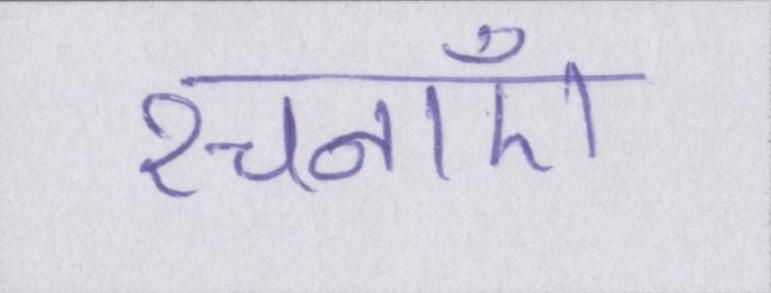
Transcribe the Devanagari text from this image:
रचनाएँ